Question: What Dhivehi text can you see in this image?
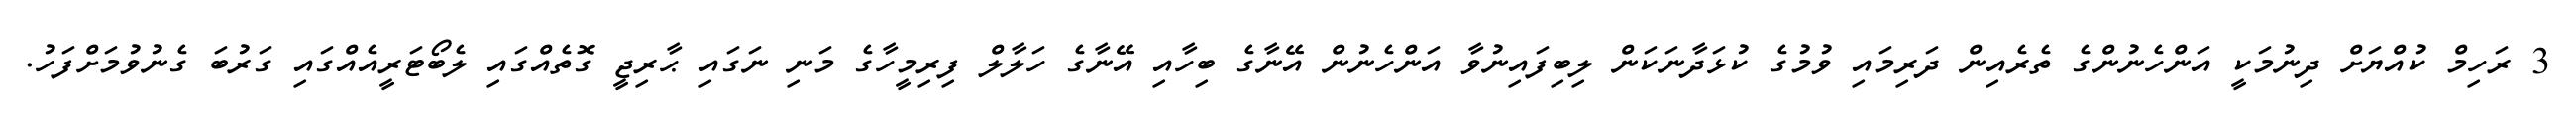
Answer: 3 ރަހިމް ކުއްޔަށް ދިނުމަކީ އަންހެނުންގެ ތެރެއިން ދަރިމައި ވުމުގެ ކުޅަދާނަކަން ލިބިފައިނުވާ އަންހެނުން އޭނާގެ ބިހާއި އޭނާގެ ހަލާލް ފިރިމީހާގެ މަނި ނަގައި ޙާރިޖީ ގޮތެއްގައި ލެބޯޓަރީއެއްގައި ގަރުބަ ގެނުވުމަށްފަހު.